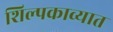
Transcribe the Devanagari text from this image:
शिल्पकाव्यात